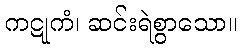
ကဋုကံ၊ ဆင်းရဲစွာသော။